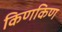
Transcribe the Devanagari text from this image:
किणकिण